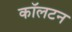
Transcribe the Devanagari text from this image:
काॅलटन